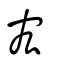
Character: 宏